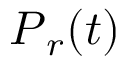
\boldsymbol { P } _ { r } ( t )